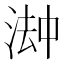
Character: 𬈅